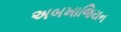
અબખાજિયન